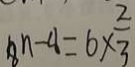
8 n - 8 = 6 \times \frac { 2 } { 3 }